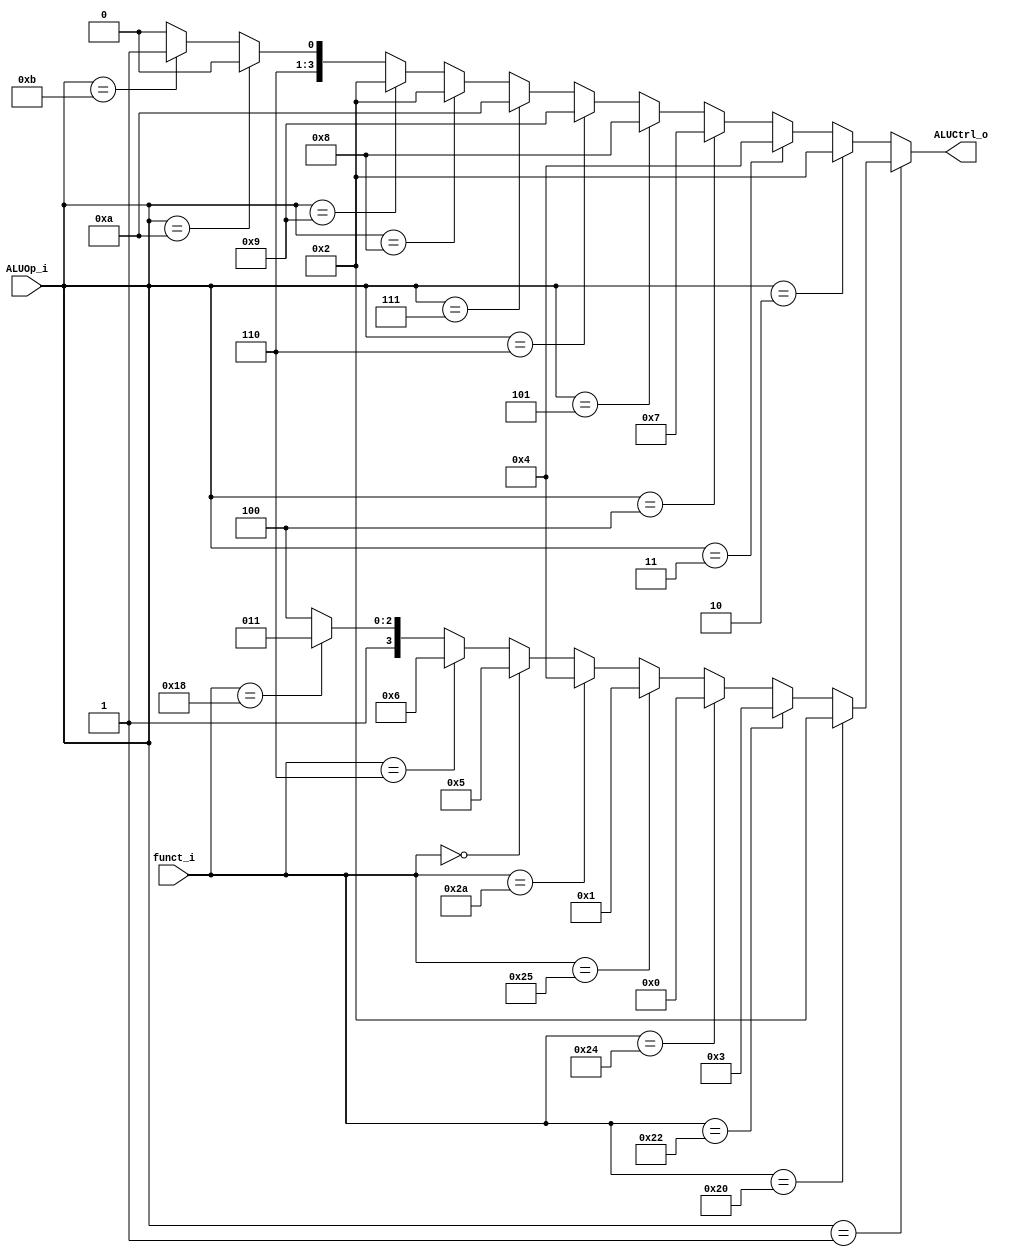
//Subject:     CO project 2 - ALU Controller
//--------------------------------------------------------------------------------
//Version:     1
//--------------------------------------------------------------------------------
//Writer:      
//----------------------------------------------
//Date:        
//----------------------------------------------
//Description: 
//--------------------------------------------------------------------------------

module ALU_Ctrl(
          funct_i,
          ALUOp_i,
          ALUCtrl_o
          );
          
//I/O ports 
input      [6-1:0] funct_i;
input      [4-1:0] ALUOp_i;

output     [4-1:0] ALUCtrl_o;    
     
//Internal Signals
wire        [4-1:0] ALUCtrl_o;

//Parameter

       
//Select exact operation
assign ALUCtrl_o = (ALUOp_i==4'b0001)? (
						 (funct_i==6'd32)? 4'd2:  //ADD
						 (funct_i==6'd34)? 4'd3:  //SUB
						 (funct_i==6'd36)? 4'd0:  //AND
						 (funct_i==6'd37)? 4'd1:  //OR
					     	(funct_i==6'd42)? 4'd4:  //SLT
					 	 (funct_i==6'd0)? 4'd5:  //SLL
						(funct_i==6'd6)?4'd6:	//SRLV
						  (funct_i==6'b011000)?4'd11:4'd12):  
		   (ALUOp_i==4'b0010)? 4'd2:		//ADDI
		   (ALUOp_i==4'b0011)?4'd4:		//SLTI
		   (ALUOp_i==4'b0100)?4'd7:		//BEQ
		   (ALUOp_i==4'b0101)?4'd8:		//LUI
		   (ALUOp_i==4'b0110)?4'b1001:		//ORI
		   (ALUOp_i==4'b0111)?4'd10:		//BNE
		(ALUOp_i==4'b1000)?4'd2:
		(ALUOp_i==4'b1001)?4'd2:
		(ALUOp_i==4'b1010)?4'b1100 :
		(ALUOp_i==4'b1011)?4'b1101 :
		   4'd12;	



endmodule